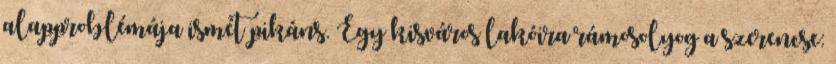
alapproblémája ismét pikáns. Egy kisváros lakóira rámosolyog a szerencse: